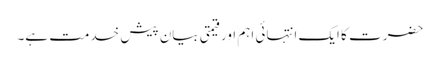
حضرت کا ایک انتہائی اہم اور قیمتی بیان پیش خدمت ہے۔